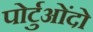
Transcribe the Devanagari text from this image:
पोर्टुओंदो